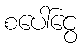
စပေါ်ငွေ